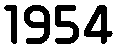
1954